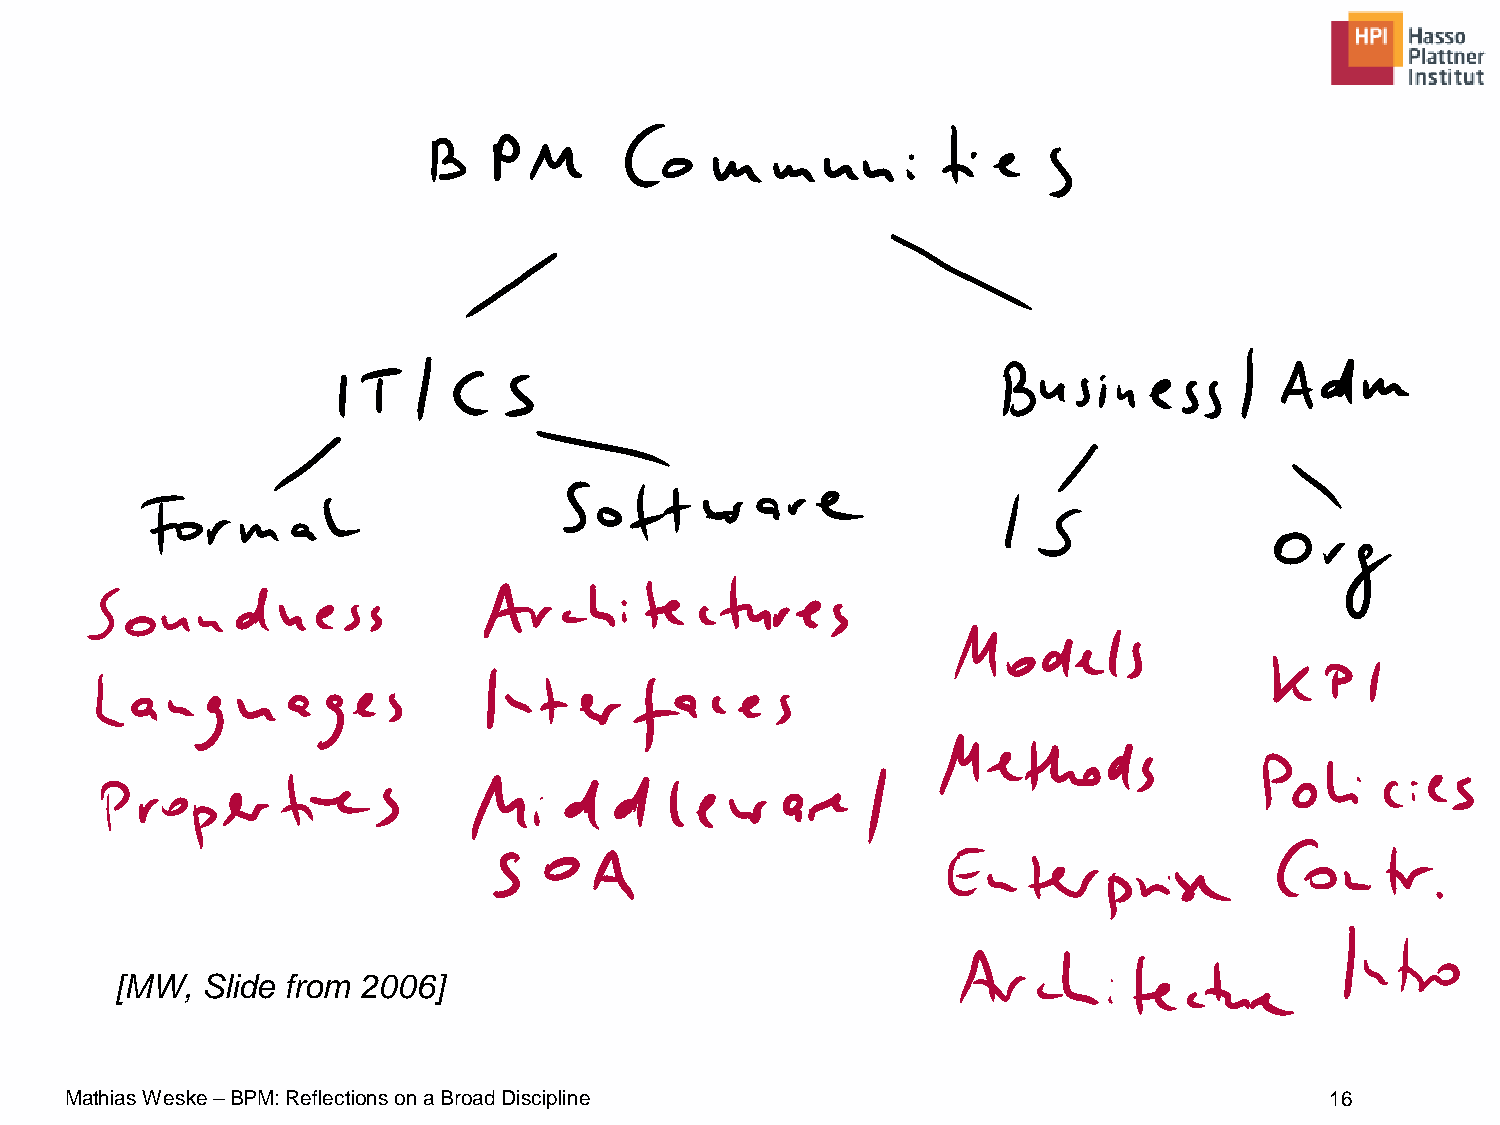
[MW, Slide from 2006]
 Mathias Weske –BPM: Reflections on a Broad Discipline                               16